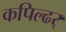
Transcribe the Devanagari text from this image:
कपिल्ढर्